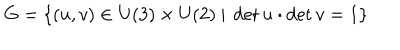
G = \{ ( u , v ) \in \mathrm { U ( 3 ) } \times \mathrm { U ( 2 ) } \ | \ \det u \cdot \det v = 1 \}